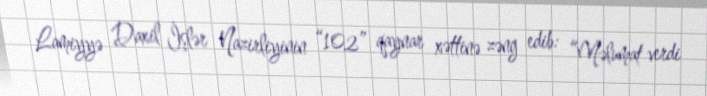
Lamiyyə Daxil İşlər Nazirliyinin “102” qaynar xəttinə zəng edib: “Məlumat verdi